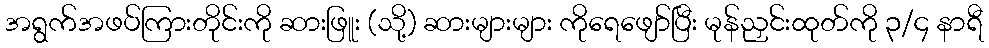
အရွက်အဖပ်ကြားတိုင်းကို ဆားဖြူး (သို့) ဆားများများ ကိုရေဖျော်ပြီး မုန်ညှင်းထုတ်ကို ၃/၄ နာရီ